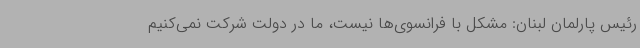
رئیس پارلمان لبنان: مشکل با فرانسوی‌ها نیست، ما در دولت شرکت نمی‌کنیم